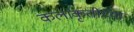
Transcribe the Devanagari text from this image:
कलाकृतीच्या